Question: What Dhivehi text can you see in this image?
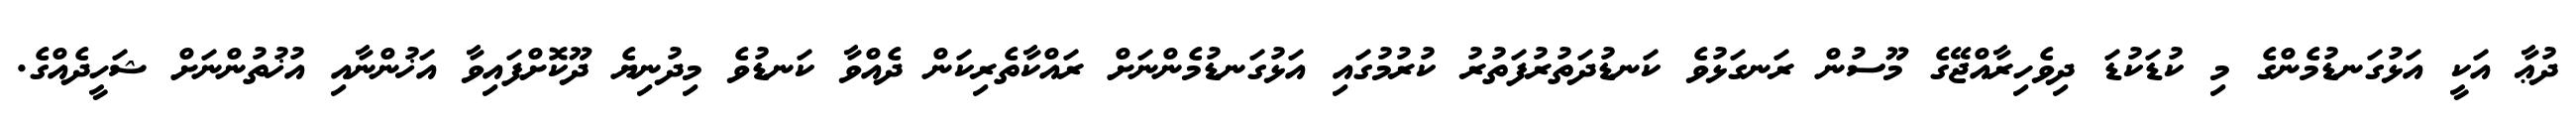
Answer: ދުޢާ އަކީ އަޅުގަނޑުމެންގެ މި ކުޑަކުޑަ ދިވެހިރާއްޖޭގެ މޫސުން ރަނގަޅުވެ ކަނޑުދަތުރުފަތުރު ކުރުމުގައި އަޅުގަނޑުމެންނަށް ރައްކާތެރިކަން ދެއްވާ ކަނޑުވެ މިދުނިޔެ ދޫކޮށްފައިވާ އަޚުންނާއި އުޚުތުންނަށް ޝަހީދެއްގެ.